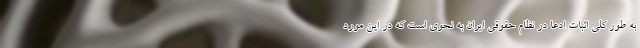
به طور كلي اثبات ادعا در نظام حقوقي ايران به نحوي است كه در اين مورد